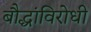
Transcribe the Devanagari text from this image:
बौद्धांविरोधी